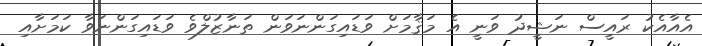
އެއާއެކު ރައީސް ނަޝީދު ވަނީ އެ މަޤާމަށް ވަޑައިގަންނަވަން ތަަނާޒުލްވެ ވަޑައިގަންނަވާ ކަމަށާއި